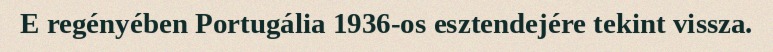
E regényében Portugália 1936-os esztendejére tekint vissza.